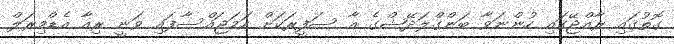
ގޮތުގައި ރާއްޖޭގައި ހުންނަވާ ބަންގްލަދޭޝްގެ އާ ސަފީރަކަށް ހަމަޖައްސާފައި ވަނީ ރިއާ އެޑްމިރަލް